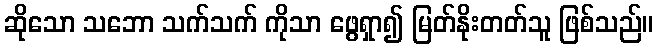
ဆိုသော သဘော သက်သက် ကိုသာ ဖွေရှာ၍ မြတ်နိုးတတ်သူ ဖြစ်သည်။